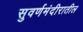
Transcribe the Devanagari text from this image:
सुवर्णमंदीरातील